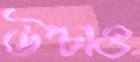
উপ্‌চাও